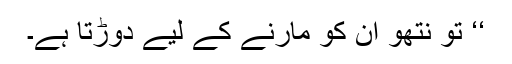
‘‘ تو نتھو ان کو مارنے کے لیے دوڑتا ہے۔